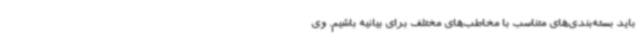
باید بسته‌بندی‌های متناسب با مخاطب‌های مختلف برای بیانیه باشیم. وی